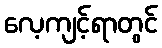
လေ့ကျင့်ရာတွင်